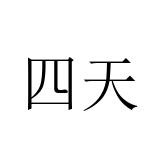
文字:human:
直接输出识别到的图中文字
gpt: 四天